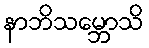
နာဘိသမ္ဘောသိ